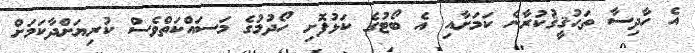
އެ ހާދިސާ ތަޙުޤީޤުކުރާނެ ކަމަށާއި އެ ބޯޓުގެ ކަޅުފޮށި ހޯދުމުގެ މަސައްކަތްވެސް ކުރިޔަށްދާކަމަށް